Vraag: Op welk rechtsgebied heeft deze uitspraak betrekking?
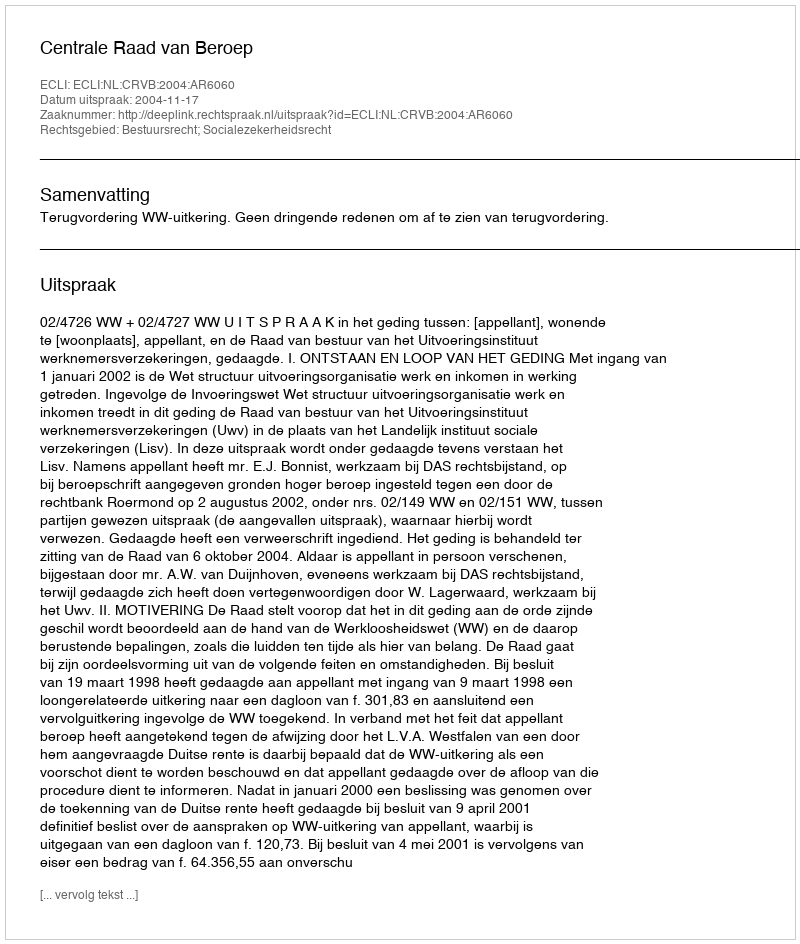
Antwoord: Bestuursrecht; Socialezekerheidsrecht